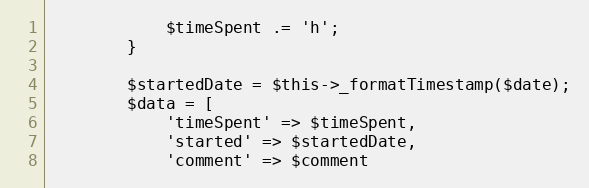
Language: PHP
            $timeSpent .= 'h';
        }

        $startedDate = $this->_formatTimestamp($date);
        $data = [
            'timeSpent' => $timeSpent,
            'started' => $startedDate,
            'comment' => $comment